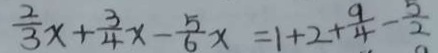
\frac { 2 } { 3 } x + \frac { 3 } { 4 } x - \frac { 5 } { 6 } x = 1 + 2 + \frac { 9 } { 4 } - \frac { 5 } { 2 }